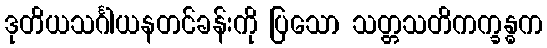
ဒုတိယသင်္ဂါယနတင်ခန်းကို ပြသော သတ္တသတိကက္ခန္ဓက